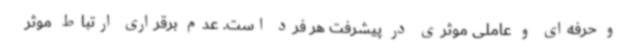
و حرفه‌ای و عاملی موثری در پیشرفت هر فرد است. عدم برقراری ارتباط موثر